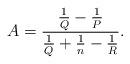
LaTeX: \begin{align*}A=\displaystyle{\frac{\frac{1}{Q}-\frac{1}{P}}{\frac{1}{Q}+\frac{1}{n}-\frac{1}{R}}}.\end{align*}